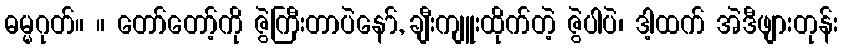
ဓမ္မဂုတ်။ ။ တော်တော့်ကို ဇွဲကြီးတာပဲနော်, ချီးကျူးထိုက်တဲ့ ဇွဲပါပဲ၊ ဒါ့ထက် အဲဒီဖျားတုန်း